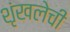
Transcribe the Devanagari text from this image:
शृंखलेची